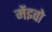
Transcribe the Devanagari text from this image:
मेंइवो